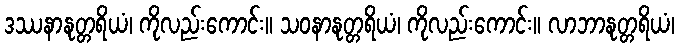
ဒဿနာနုတ္တရိယံ၊ ကိုလည်းကောင်း။ သဝနာနုတ္တရိယံ၊ ကိုလည်းကောင်း။ လာဘာနုတ္တရိယံ၊